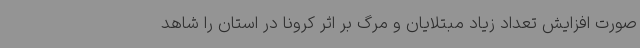
صورت افزایش تعداد زیاد مبتلایان و مرگ بر اثر کرونا در استان را شاهد